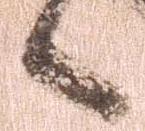
候